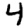
Digit: 4